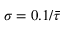
\sigma = 0 . 1 / \bar { \tau }